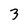
Character: 3